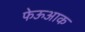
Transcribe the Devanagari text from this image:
फेऊआक